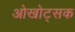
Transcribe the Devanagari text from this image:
ओखोट्सक